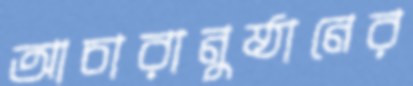
আচারানুষ্ঠানের